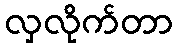
လှလိုက်တာ